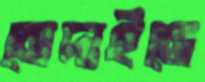
মেদাইনে